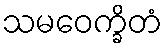
သမဝေက္ခိတံ